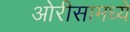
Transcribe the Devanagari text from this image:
ओरीसामध्ये